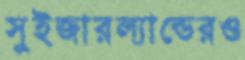
সুইজারল্যান্ডেরও